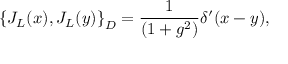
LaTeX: \left\{ J _ { L } ( x ) , J _ { L } ( y ) \right\} _ { D } = \frac { 1 } { ( 1 + g ^ { 2 } ) } \delta ^ { \prime } ( x - y ) ,